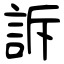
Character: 訴